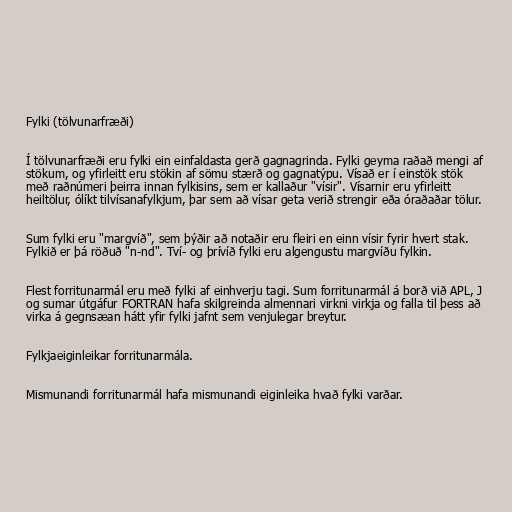
Fylki (tölvunarfræði)

Í tölvunarfræði eru fylki ein einfaldasta gerð gagnagrinda. Fylki geyma raðað mengi af
stökum, og yfirleitt eru stökin af sömu stærð og gagnatýpu. Vísað er í einstök stök
með raðnúmeri þeirra innan fylkisins, sem er kallaður "vísir". Vísarnir eru yfirleitt
heiltölur, ólíkt tilvísanafylkjum, þar sem að vísar geta verið strengir eða óraðaðar tölur.

Sum fylki eru "margvíð", sem þýðir að notaðir eru fleiri en einn vísir fyrir hvert stak.
Fylkið er þá röðuð "n-nd". Tví- og þrívíð fylki eru algengustu margvíðu fylkin.

Flest forritunarmál eru með fylki af einhverju tagi. Sum forritunarmál á borð við APL, J
og sumar útgáfur FORTRAN hafa skilgreinda almennari virkni virkja og falla til þess að
virka á gegnsæan hátt yfir fylki jafnt sem venjulegar breytur.

Fylkjaeiginleikar forritunarmála.

Mismunandi forritunarmál hafa mismunandi eiginleika hvað fylki varðar.